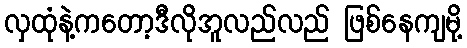
လှထုံနဲ့ကတော့ဒီလိုအူလည်လည် ဖြစ်နေကျမို့